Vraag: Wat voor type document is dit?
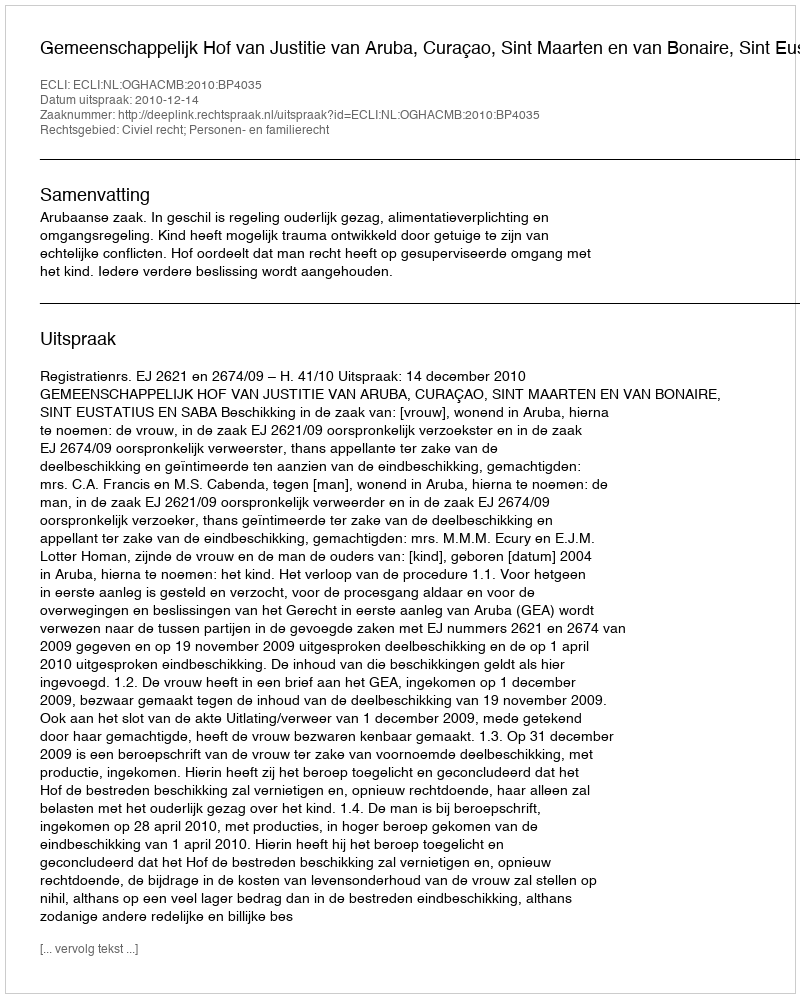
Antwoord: Uitspraak